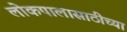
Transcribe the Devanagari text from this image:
लोकपालासाठीच्या